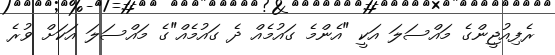
ރެފިއުޖީންގެ މައްސަލަ އަކީ "އެންމެ ގައުމެއް ދެ ގައުމެއް"ގެ މައްސަލަ އަކަށް ވުރެ